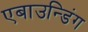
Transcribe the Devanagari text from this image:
एबाउन्डिंग